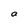
Character: O